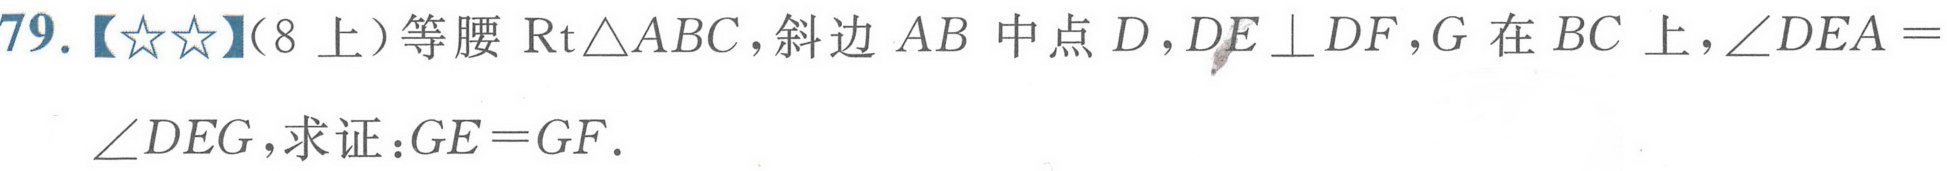
79.【★★】（8上）等腰\(\text{Rt}\triangle ABC\)，斜边 \(AB\) 中点 \(D\)，\(DE\perp DF\)，\(G\) 在 \(BC\) 上，\(\angle DEA = \angle DEG\)，求证：\(GE = GF\).